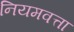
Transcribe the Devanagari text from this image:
नियमवत्ता